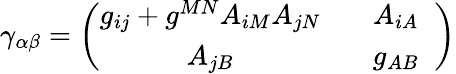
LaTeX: {\cal\gamma}_{\alpha\beta}=\left(\begin{array}{cc}{{g_{ij}+g^{MN}A_{iM}A_{jN}}}&{{\; \; \; A_{iA}\; \; }}\\ {{A_{jB}}}&{{\; \; \; g_{AB}\; \; }}\end{array}\right)